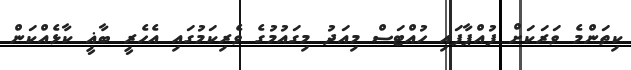
ކިތަންމެ ވަރަކަށް ފުއްޕާފައި ހުއްޓަސް މިއަދު މިގައުމުގެ ވެރިކަމުގައި އެހެރީ ބާޣީ ކާޅެއްކަން